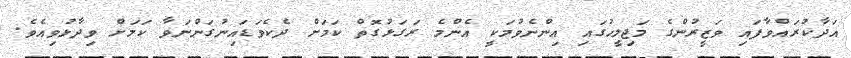
އަދާކުރައްވާފައި ވަޒީރުންގެ މަޖިލީހުގައި އިންނެވުމަކީ އެންމެ ރަގަޅުގޮތް ކަމަށް ދެކެވަޑައިނުގަންނަވާ ކަމަށް ވިދާޅުވިއެވެ.